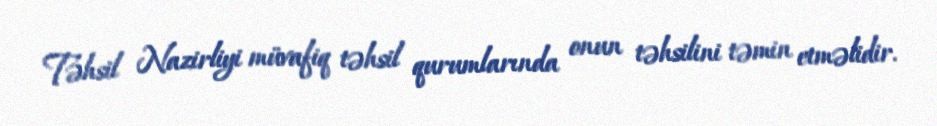
Təhsil Nazirliyi müvafiq təhsil qurumlarında onun təhsilini təmin etməlidir.